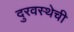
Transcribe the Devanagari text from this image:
दुरवस्थेची